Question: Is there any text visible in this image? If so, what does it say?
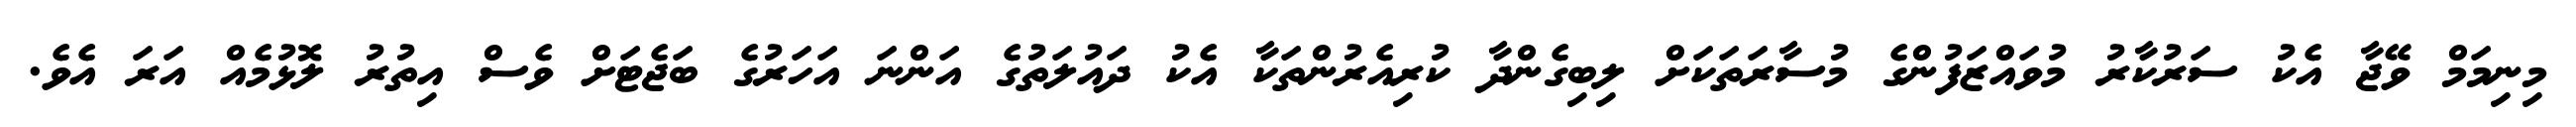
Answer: މިނިމަމް ވޭޖާ އެކު ސަރުކާރު މުވައްޒަފުންގެ މުސާރަތަކަށް ލިބިގެންދާ ކުރިއެރުންތަކާ އެކު ދައުލަތުގެ އަންނަ އަހަރުގެ ބަޖެޓަށް ވެސް އިތުރު ލޮޅުމެއް އަރަ އެވެ.